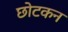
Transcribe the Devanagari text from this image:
छोटकन